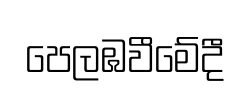
පෙලඹවීමේදී